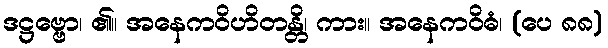
ဒဋ္ဌဗ္ဗော၊ ၏။ အနေကဝိဟိတန္တိ၊ ကား။ အနေကဝိဓံ၊ (ပေ ၈၈)